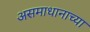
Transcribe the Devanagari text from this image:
असमाधानाच्या